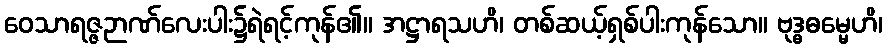
ဝေသာရဇ္ဇဉာဏ်လေးပါး၌ရဲရင့်ကုန်၏။ အဋ္ဌာရသဟိ၊ တစ်ဆယ့်ရှစ်ပါးကုန်သော။ ဗုဒ္ဓဓမ္မေဟိ၊